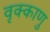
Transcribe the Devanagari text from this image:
वृक्काणु